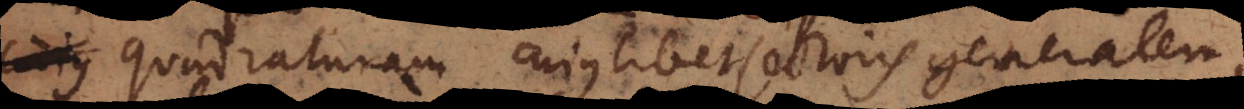
quadraturam cujuslibet sectoris generalem,